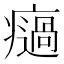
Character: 𤻌